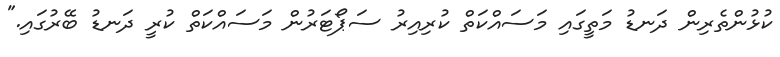
ކުޅުންތެރިން ދަނޑު މަތީގައި މަސައްކަތް ކުރިއިރު ސަޕޯޓަރުން މަސައްކަތް ކުރީ ދަނޑު ބޭރުގައި."